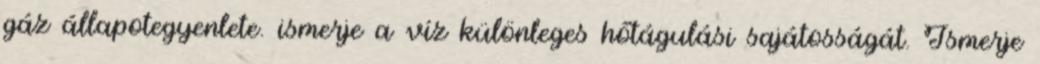
gáz állapotegyenlete. ismerje a víz különleges hőtágulási sajátosságát. Ismerje